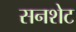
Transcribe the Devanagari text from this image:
सनशेट